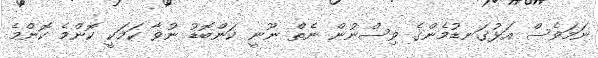
ނަމަވެސް އަޅުގަނޑުމެންގެ ވިސްނުން ނެތް ނޫނީ ކަންބޮޑު ނުވާ ކަމަކީ ކޮންމެ ކޮންމެ